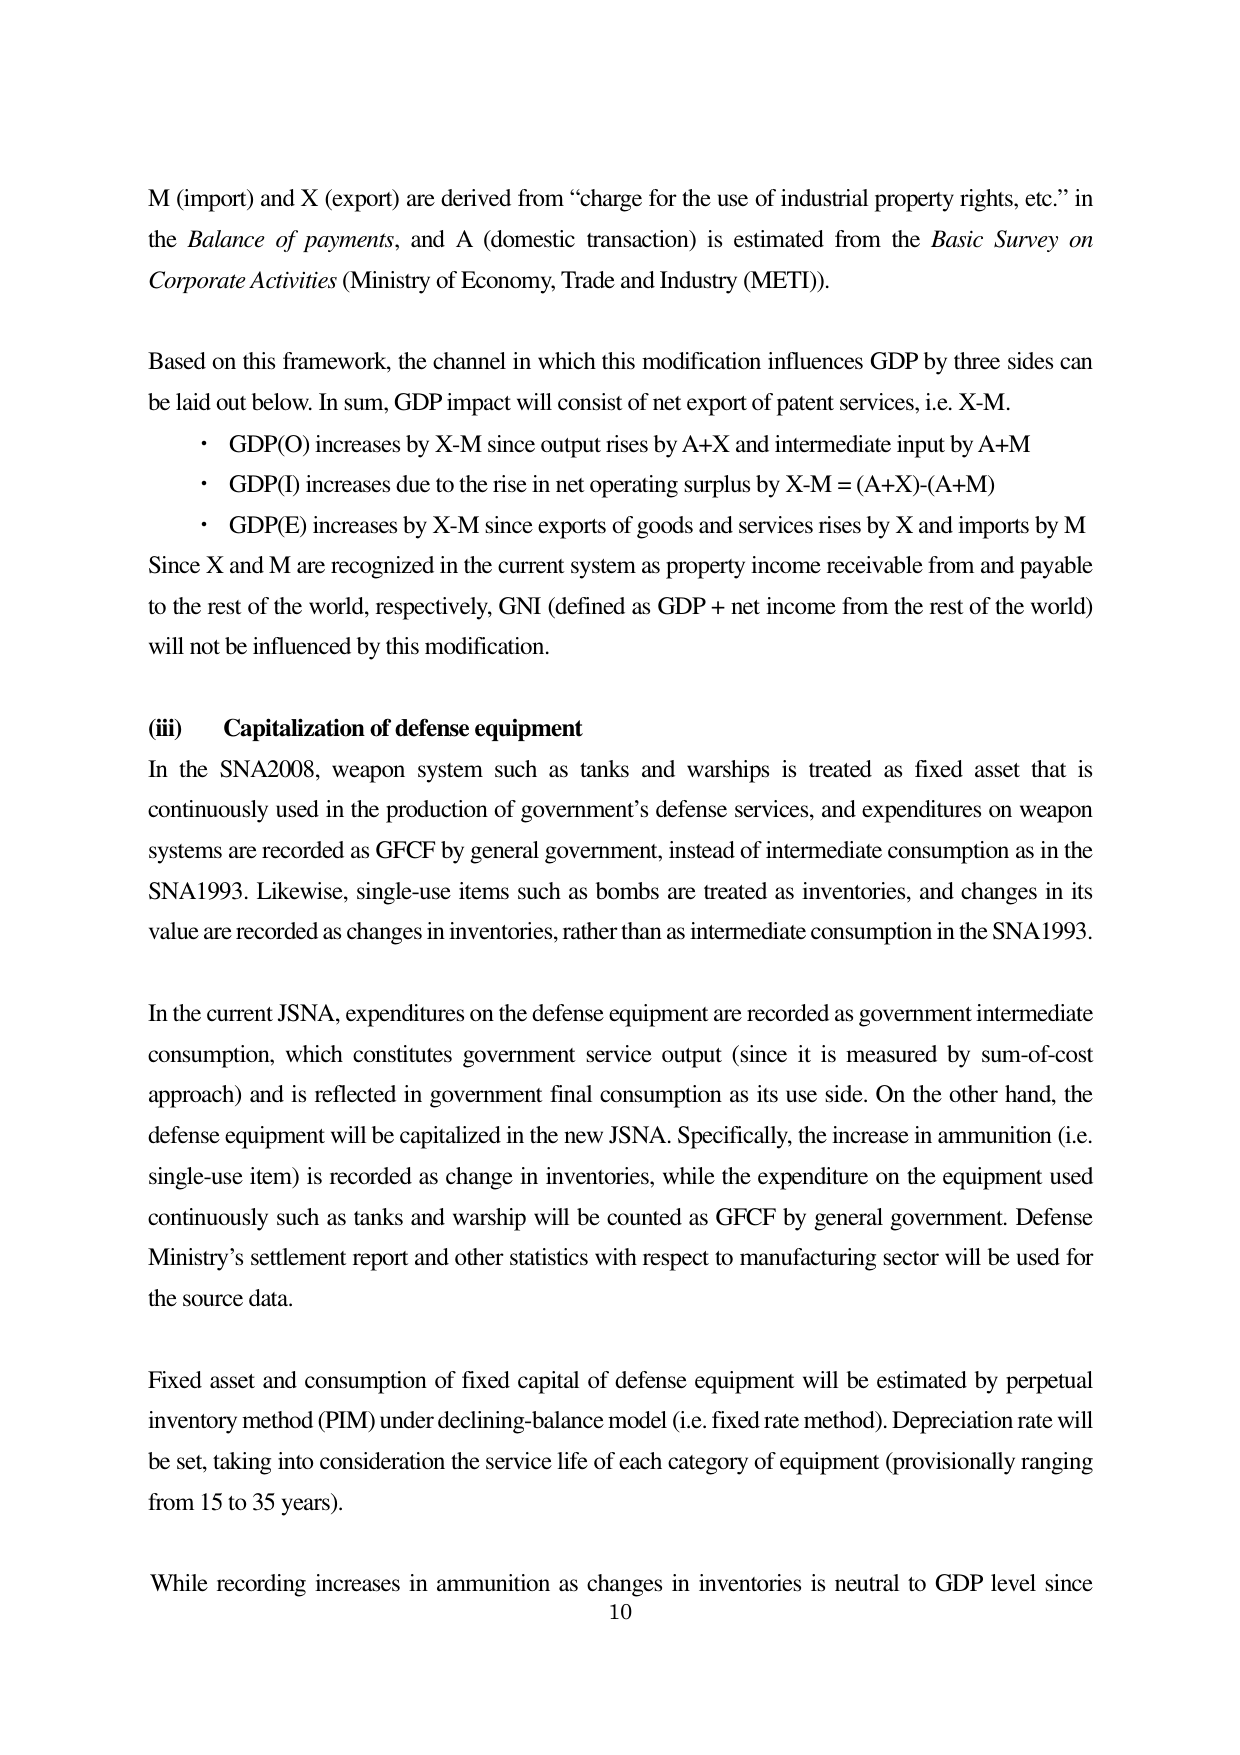
M (import) and X (export) are derived from “charge for the use of industrial property rights, etc.” in the Balance of payments, and A (domestic transaction) is estimated from the Basic Survey on Corporate Activities (Ministry of Economy, Trade and Industry (METI)).

Based on this framework, the channel in which this modification influences GDP by three sides can be laid out below. In sum, GDP impact will consist of net export of patent services, i.e. X-M.
• GDP(O) increases by X-M since output rises by A+X and intermediate input by A+M
• GDP(I) increases due to the rise in net operating surplus by X-M = (A+X)-(A+M)
• GDP(E) increases by X-M since exports of goods and services rises by X and imports by M
Since X and M are recognized in the current system as property income receivable from and payable to the rest of the world, respectively, GNI (defined as GDP + net income from the rest of the world) will not be influenced by this modification.

(iii) Capitalization of defense equipment
In the SNA2008, weapon system such as tanks and warships is treated as fixed asset that is continuously used in the production of government’s defense services, and expenditures on weapon systems are recorded as GFCF by general government, instead of intermediate consumption as in the SNA1993. Likewise, single-use items such as bombs are treated as inventories, and changes in its value are recorded as changes in inventories, rather than as intermediate consumption in the SNA1993.

In the current JSNA, expenditures on the defense equipment are recorded as government intermediate consumption, which constitutes government service output (since it is measured by sum-of-cost approach) and is reflected in government final consumption as its use side. On the other hand, the defense equipment will be capitalized in the new JSNA. Specifically, the increase in ammunition (i.e. single-use item) is recorded as change in inventories, while the expenditure on the equipment used continuously such as tanks and warship will be counted as GFCF by general government. Defense Ministry’s settlement report and other statistics with respect to manufacturing sector will be used for the source data.

Fixed asset and consumption of fixed capital of defense equipment will be estimated by perpetual inventory method (PIM) under declining-balance model (i.e. fixed rate method). Depreciation rate will be set, taking into consideration the service life of each category of equipment (provisionally ranging from 15 to 35 years).

While recording increases in ammunition as changes in inventories is neutral to GDP level since
10